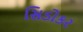
સિડોકર